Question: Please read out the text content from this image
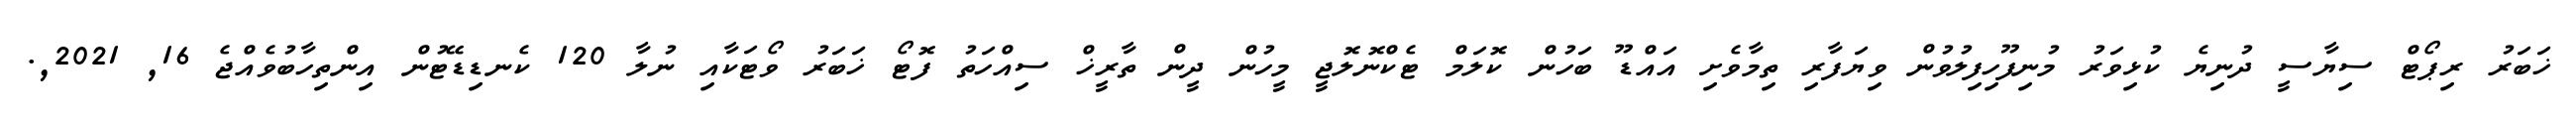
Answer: ޚަބަރު ރިޕޯޓް ސިޔާސީ ދުނިޔެ ކުޅިވަރު މުނިފޫހިފިލުވުން ވިޔަފާރި ތިމާވެށި އައްޑޫ ބަހުން ކޮލަމް ޓެކްނޮލޮޖީ މީހުން ދީން ތާރީޚް ސިއްހަތު ފޮޓޯ ޚަބަރު ވޯޓަކާއި ނުލާ 120 ކެނޑިޑޭޓުން އިންތިހާބުވެއްޖެ 16, 2021,.